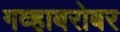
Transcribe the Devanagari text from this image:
गव्हाबरोबर